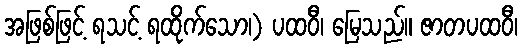
အဖြစ်ဖြင့် ရသင့် ရထိုက်သော၊) ပထဝီ၊ မြေသည်။ ဇာတပထဝီ၊